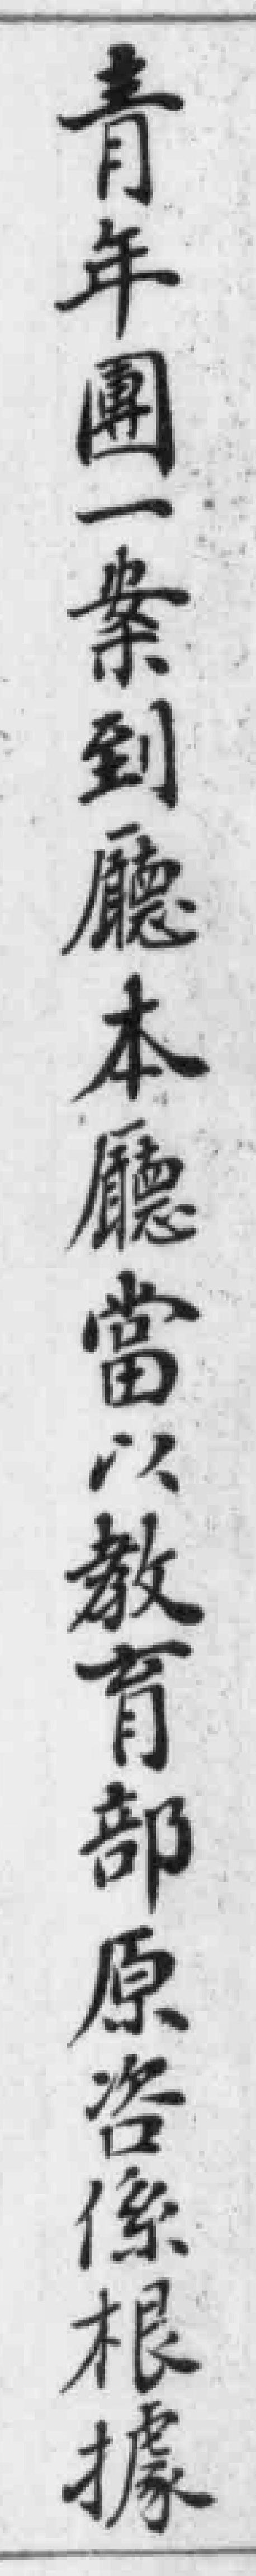
青年團一案到廳本廳當以教育部原咨係根據